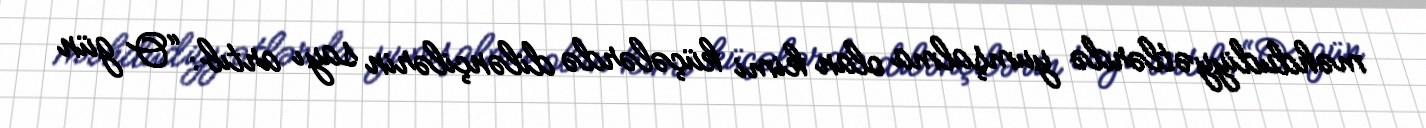
məhdudiyyətlərdə yumşalma olan kimi küçələrdə dilənçilərin sayı artıb: “O gün